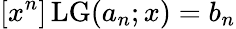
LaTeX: [x^{n}]\operatorname{LG}(a_{n};x)=b_{n}